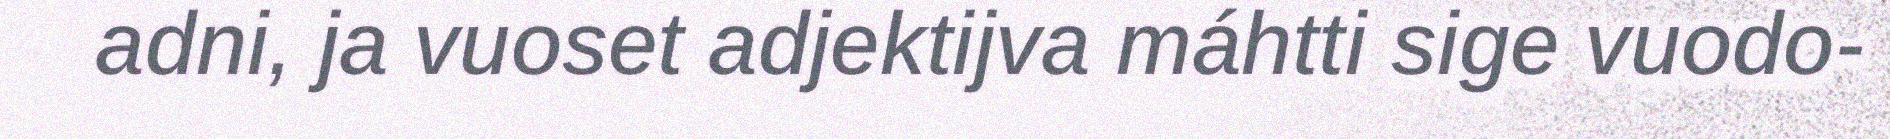
adni, ja vuoset adjektijva máhtti sige vuodo-